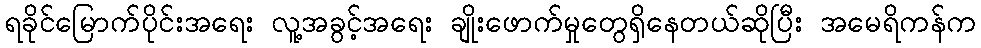
ရခိုင်မြောက်ပိုင်းအရေး လူ့အခွင့်အရေး ချိုးဖောက်မှုတွေရှိနေတယ်ဆိုပြီး အမေရိကန်က